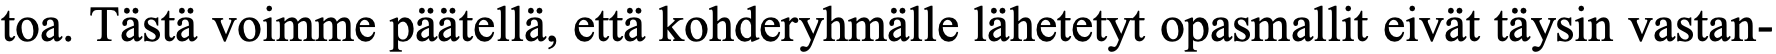
toa. Tästä voimme päätellä, että kohderyhmälle lähetetyt opasmallit eivät täysin vastan-